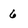
Character: 6